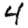
Digit: 4